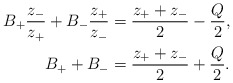
\begin{align*}B_{+}\frac{z_{-}}{z_{+}}+B_{-}\frac{z_{+}}{z_{-}}&=\frac{z_{+}+z_{-}}{2}-\frac{Q}{2},\\B_{+}+B_{-}&=\frac{z_{+}+z_{-}}{2}+\frac{Q}{2}.\end{align*}